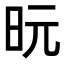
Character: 𪰈